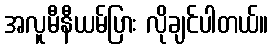
အလူမီနီယမ်ပြား လိုချင်ပါတယ်။